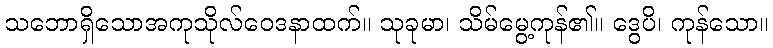
သဘောရှိသောအကုသိုလ်ဝေဒနာထက်။ သုခုမာ၊ သိမ်မွေ့ကုန်၏။ ဒွေပိ၊ ကုန်သော။